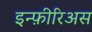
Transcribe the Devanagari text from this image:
इन्फ़ीरिअस